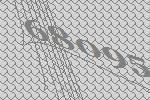
68095